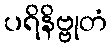
ပရိနိဗ္ဗုတံ